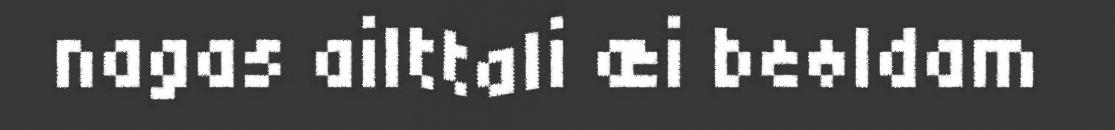
nagas ailttali æi beøldam